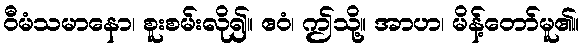
ဝီမံသမာနော၊ စူးစမ်းလို၍။ ဧဝံ၊ ဤသို့။ အာဟ၊ မိန့်တော်မူ၏။